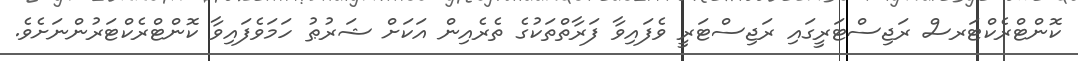
ކޮންޓްރެކްޓަރސް ރަޖިސްޓަރީގައި ރަޖިސްޓަރީ ވެފައިވާ ފަރާތްތަކުގެ ތެރެއިން އަކަށް ޝަރުޠު ހަމަވެފައިވާ ކޮންޓްރެކްޓަރުންނަށެވެ.